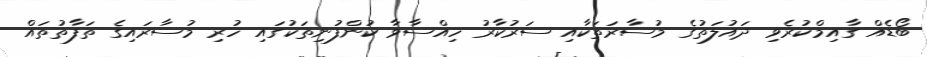
ބޯޑެއް ގާއިމްކުރެވި ދައުލަތުގެ މުސާރަތަކާއި ސަރުކާރު ހިއްސާވާ ކުންފުނިތަކުގައި ހުރި މުސާރައިގެ ތަފާތުތައް